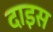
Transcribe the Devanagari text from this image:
दाइस